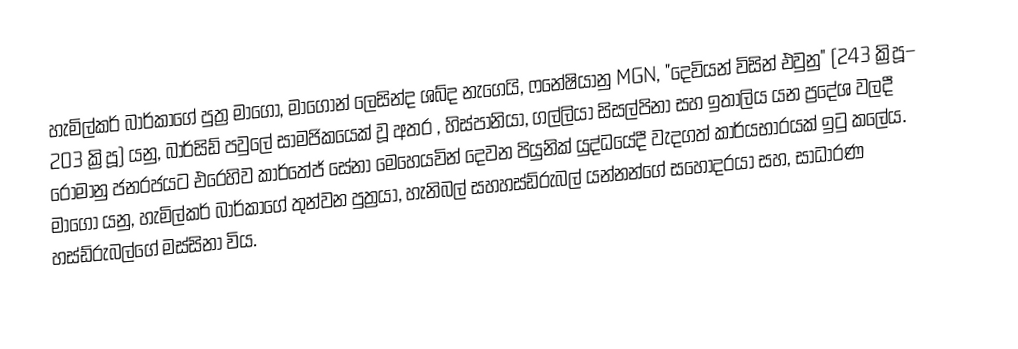
හැමිල්කර් බාර්කාගේ පුත්‍ර මාගෝ, මාගොන් ලෙසින්ද ශබ්ද නැගෙයි, ෆනේෂියානු  MGN, "දෙවියන් විසින් එවුනු" (243 ක්‍රිපූ– 203 ක්‍රිපූ) යනු, බාර්සිඩ් පවුලේ සාමජිකයෙක් වූ අතර , හිස්පානියා, ගල්ලියා සිසල්පිනා සහ ඉතාලිය යන ප්‍රදේශ වලදී රෝමානු ජනරජයට  එරෙහිව කාර්තේජ් සේනා මෙහෙයවින් දෙවන පියුනික් යුද්ධයේදී වැදගත් කාර්යභාරයක් ඉටු කලේය. මාගෝ යනු, හැමිල්කර් බාර්කාගේ තුන්වන පුත්‍රයා, හැනිබල් සහහස්ඩ්රුබල් යන්නන්ගේ සහෝදරයා සහ, සාධාරණ හස්ඩ්රුබල්ගේ මස්සිනා විය.